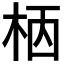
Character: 𣐸